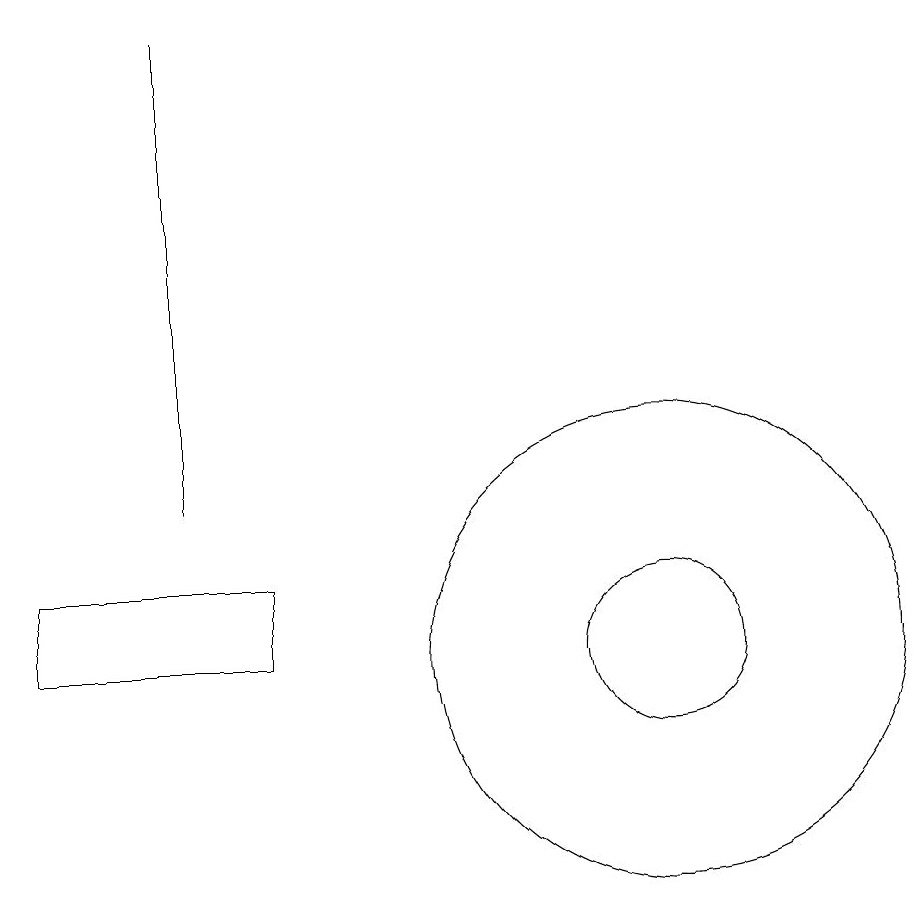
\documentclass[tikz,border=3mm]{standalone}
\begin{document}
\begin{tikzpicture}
\draw (11,10) circle (3);
\draw (6,10) rectangle (3,11);
\draw (5,12) rectangle (5,18);
\draw (11,10) circle (1);
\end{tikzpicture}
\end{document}